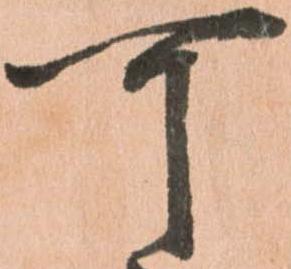
可